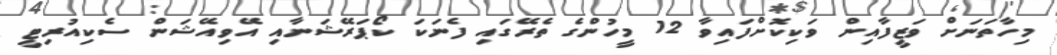
މިހާތަނަށް ވަޒީފާއިން ވަކިކޮށްފައިވާ 12 މީހުންގެ ތެރޭގައި ފެނަކަ ކޯޕަރޭޝަނާއި އޭވިއޭޝަން ސެކިއުރިޓީ